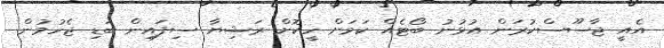
އެއީ ޖާސޫސްކުރަން އުޅުނު ބޯޓެއް ކަމަށް ހީކޮށް ރަޝިޔާ ސިފައިން ބަޑި ޖެހުމުން